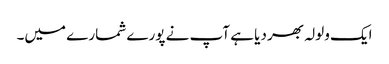
ایک ولولہ بھر دیا ہے آپ نے پورے شمارے میں۔